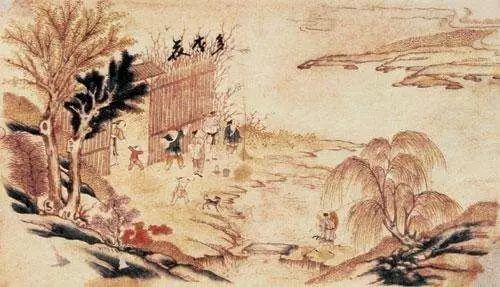
燕归花谢，早因循又过清明。